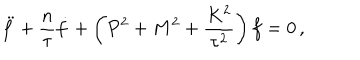
\ddot { f } + \frac { n } { \tau } \dot { f } + \left( P ^ { 2 } + M ^ { 2 } + \frac { K ^ { 2 } } { \tau ^ { 2 } } \right) f = 0 \, ,